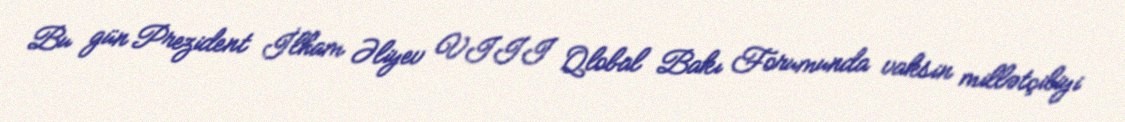
Bu gün Prezident İlham Əliyev VIII Qlobal Bakı Forumunda vaksin millətçiliyi